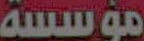
مؤسسة